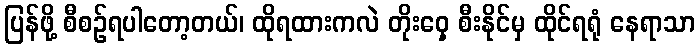
ပြန်ဖို့ စီစဉ်ရပါတော့တယ်၊ ထိုရထားကလဲ တိုးဝှေ့ စီးနိုင်မှ ထိုင်ရရုံ နေရာသာ